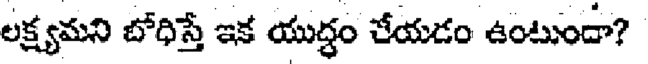
లక్ష్యమని బోధిస్తే ఇక యుద్ధం చేయడం ఉంటుందా?